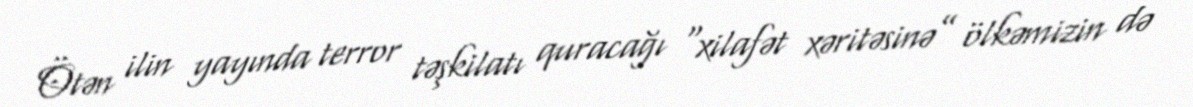
Ötən ilin yayında terror təşkilatı quracağı “xilafət xəritəsinə” ölkəmizin də